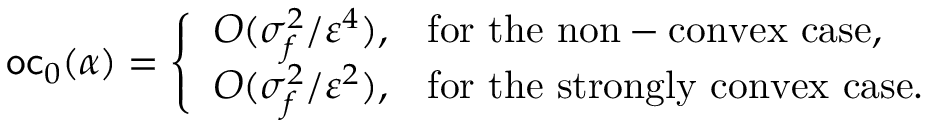
\mathsf { o c } _ { 0 } ( \alpha ) = \left\{ \begin{array} { l l } { { \cal O } ( \sigma _ { f } ^ { 2 } / \varepsilon ^ { 4 } ) , } & { \mathrm { f o r ~ t h e ~ n o n - c o n v e x ~ c a s e , } } \\ { { \cal O } ( \sigma _ { f } ^ { 2 } / \varepsilon ^ { 2 } ) , } & { \mathrm { f o r ~ t h e ~ s t r o n g l y ~ c o n v e x ~ c a s e . } } \end{array} \right.